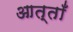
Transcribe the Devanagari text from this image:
आत्ताँ